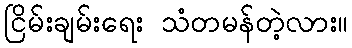
ငြိမ်းချမ်းရေး သံတမန်တဲ့လား။